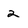
Character: 2